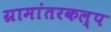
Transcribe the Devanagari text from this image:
ग्रामांतरकल्प